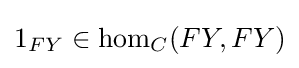
1_{FY}\in \mathrm {hom} _{C}(FY,FY)